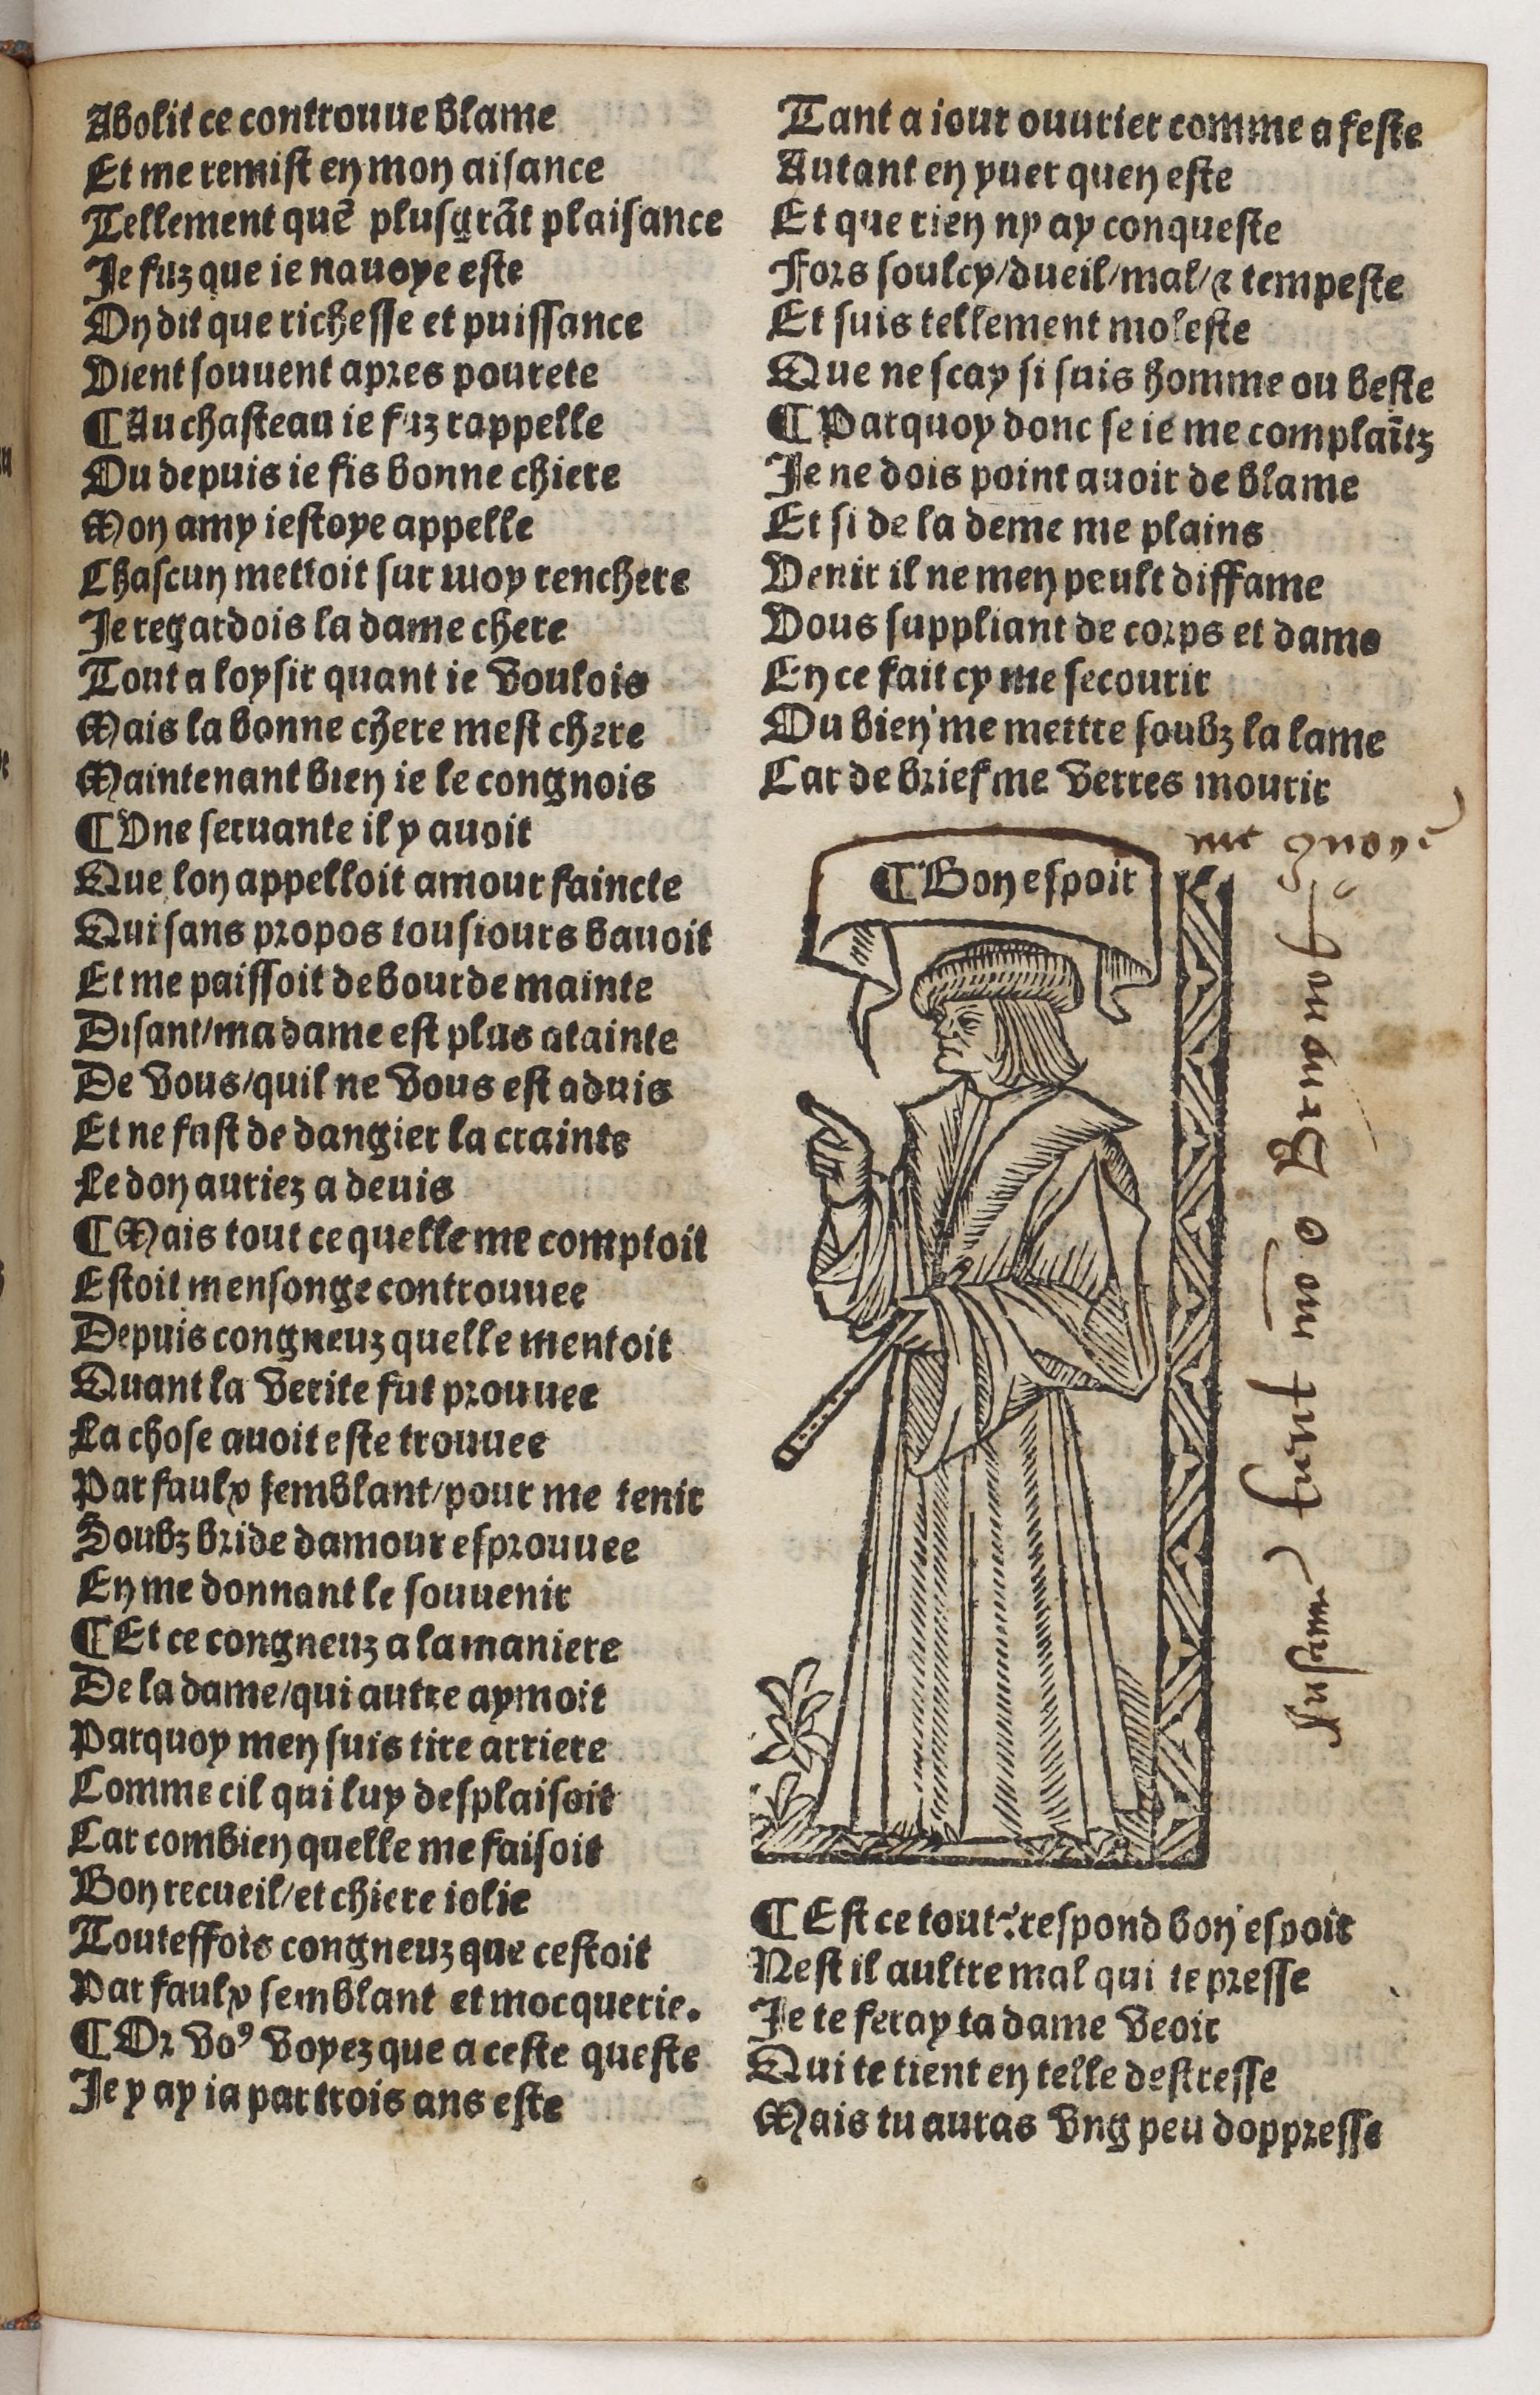
Shelfmark: Paris, BnF, Rés. Y2-930
Century: 15